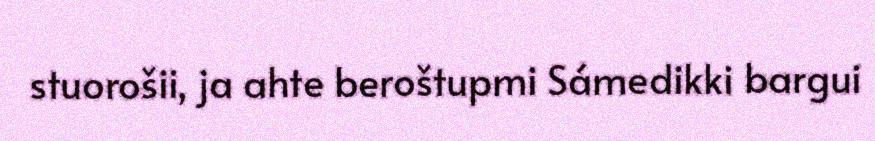
stuorošii, ja ahte beroštupmi Sámedikki bargui